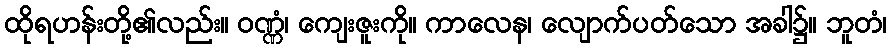
ထိုရဟန်းတို့၏လည်း။ ဝဏ္ဏံ၊ ကျေးဇူးကို။ ကာလေန၊ လျောက်ပတ်သော အခါ၌။ ဘူတံ၊